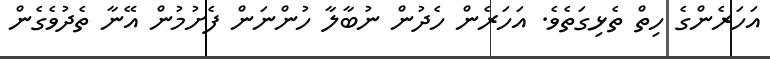
އަހަރެންގެ ހިތް ތެޅިގަތެވެ. އަހަރެން ހެދުން ނުބާލާ ހުންނަން ފެށުމުން އޭނާ ތެދުވެގެން